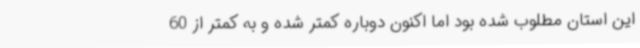
این استان مطلوب شده بود اما اکنون دوباره کمتر شده و به کمتر از 60